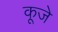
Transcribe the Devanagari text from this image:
कूजे